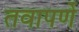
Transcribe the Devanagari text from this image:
तवापर्णे